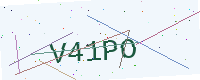
Text: V41PO